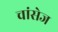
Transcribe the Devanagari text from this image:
चांसेज